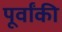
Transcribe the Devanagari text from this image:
पूर्वांकी